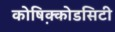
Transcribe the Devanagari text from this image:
कोष़िक्कोडसिटी